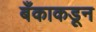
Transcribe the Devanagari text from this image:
बँकाकडून